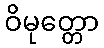
ဝိမုတ္တော